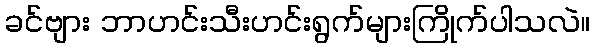
ခင်ဗျား ဘာဟင်းသီးဟင်းရွက်များကြိုက်ပါသလဲ။